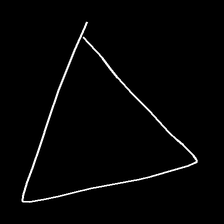
Glyph: convergence